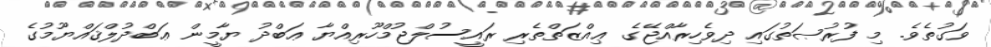
ވަގުތެވެ. މި ފުރުޞަތުގައި ދިވެހިރާއްޖޭގެ ޢިއްޒަތްތެރި ރައީސުލްޖުމްހޫރިއްޔާ ޢަބްދު ޔާމީން ޢަބްދުލްޤައްޔޫމުގެ